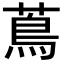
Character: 蔦